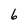
Character: 6